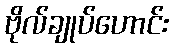
ဗိုလ်ချုပ်ဟောင်း